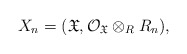
\begin{align*}X_n=(\mathfrak X, \mathcal O_{\mathfrak X}\otimes_RR_n),\end{align*}